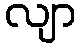
လျာ